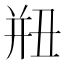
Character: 𢆗